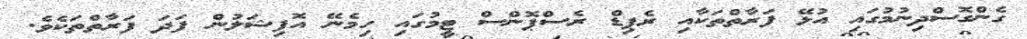
ގެންގޮސްދިނުމުގައި އުޅޭ ފަރާތްތަކާއި ރެޕިޑް ރެސްޕޮންސް ޓީމުގައި ހިމެނޭ އޮފިޝަލުން ފަދަ ފަރާތްތަކެވެ.